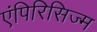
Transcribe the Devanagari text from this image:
एंपिरिसिज्म